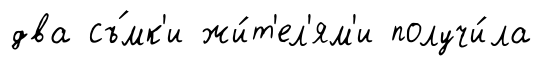
два съ́мк'и жи́т'ел'ям'и получи́ла